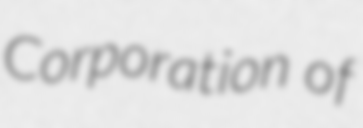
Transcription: Corporation of